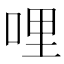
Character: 哩